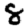
Digit: 8